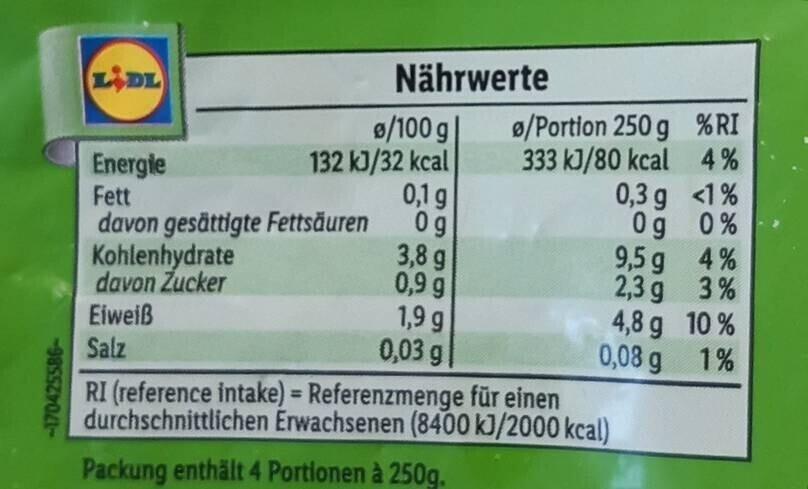
-170425586LIDL
Energie Fett
davon gesättigte Fettsäuren
Kohlenhydrate
davon Zucker
Eiweiß
Salz
Nährwerte
0/100 g|
132 kJ/32 kcal
0,1 g
Og
3,8 g
0,9 g
1,9 g
0,03 g
e/Portion 250 g
333 kJ/80 kcal
0,3 g
0g
9,5 g
2,3 g
4,8 g
0,08 g
RI (reference intake) = Referenzmenge für einen durchschnittlichen Erwachsenen (8400 kJ/2000 kcal)
Packung enthält 4 Portionen à 250g.
%RI
4%
<1%
0%
4%
3%
10%
1%